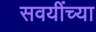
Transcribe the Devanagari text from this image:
सवयींच्या